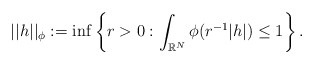
\begin{align*}||h||_{\phi }:=\inf \left\{ r>0:\int_{\Bbb{R}^{N}}\phi (r^{-1}|h|)\leq1\right\} . \end{align*}